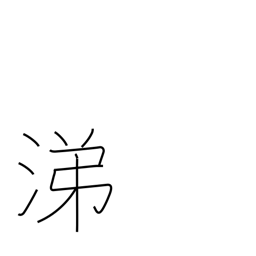
Meaning: sympathy